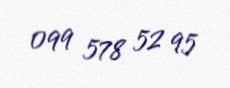
099 578 52 95